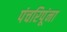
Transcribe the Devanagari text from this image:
पंचरिपूंना